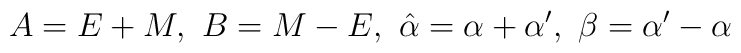
A=E+{M},\ B={M}-E,\ \hat \alpha =\alpha +\alpha ^{\prime},\ \beta =\alpha ^{\prime }-\alpha